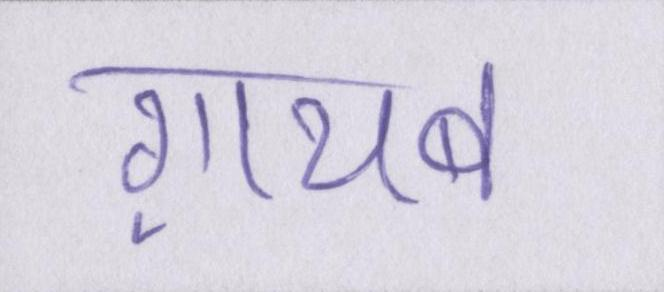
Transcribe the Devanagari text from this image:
ग़ायब